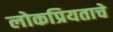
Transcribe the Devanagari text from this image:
लोकप्रियताचे